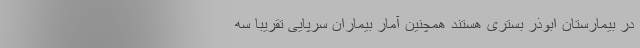
در بیمارستان ابوذر بستری هستند همچنین آمار بیماران سرپایی تقریبا سه